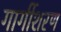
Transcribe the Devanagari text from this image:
गार्गीशरण